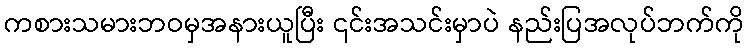
ကစားသမားဘဝမှအနားယူပြီး ၎င်းအသင်းမှာပဲ နည်းပြအလုပ်ဘက်ကို